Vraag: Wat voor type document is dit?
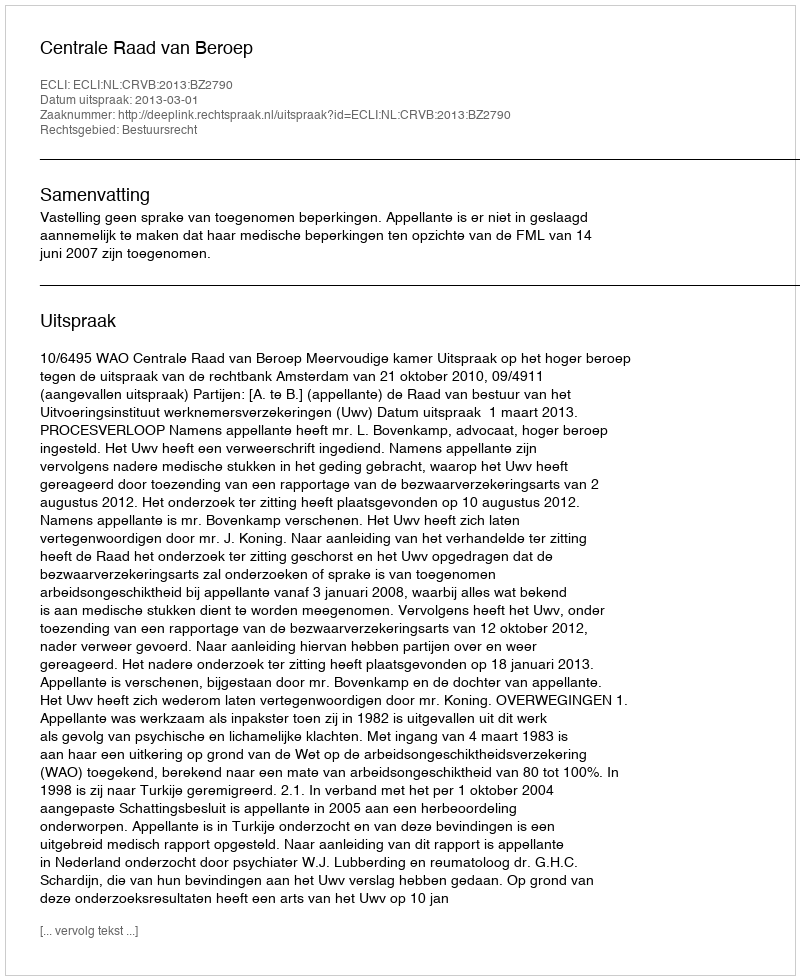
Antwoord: Uitspraak